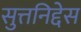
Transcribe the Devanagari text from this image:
सुत्तनिद्देस